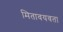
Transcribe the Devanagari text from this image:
मितावयवता